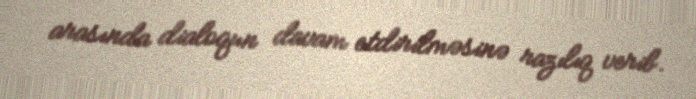
arasında dialoqun davam etdirilməsinə razılıq verib.